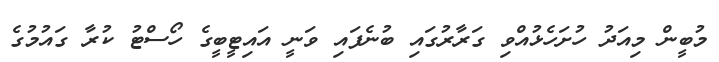
މުބީން މިއަދު ހުށަހެޅުއްވި ގަރާރުގައި ބުނެފައި ވަނީ އައިޓީބީގެ ހޯސްޓު ކުރާ ގައުމުގެ